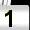
Digit: 1